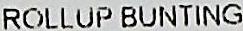
ROLLUP BUNTING